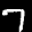
Label: 7